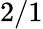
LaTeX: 2/1